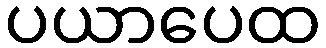
ပယာပေထ